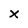
Character: X